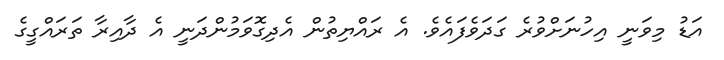
އަޑު މިވަނީ އިހުނަށްވުރެ ގަދަވެފައެވެ. އެ ރައްޔިތުން އެދިގޮވަމުންދަނީ އެ ދާއިރާ ތަރައްގީގެ